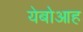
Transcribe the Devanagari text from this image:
येबोआह